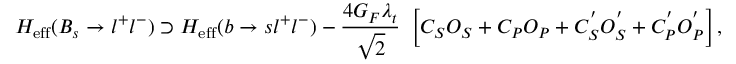
H _ { \mathrm { e f f } } ( B _ { s } \rightarrow l ^ { + } l ^ { - } ) \supset H _ { \mathrm { e f f } } ( b \rightarrow s l ^ { + } l ^ { - } ) - { \frac { 4 G _ { F } \lambda _ { t } } { \sqrt { 2 } } } ~ \left[ C _ { S } O _ { S } + C _ { P } O _ { P } + C _ { S } ^ { ' } O _ { S } ^ { ' } + C _ { P } ^ { ' } O _ { P } ^ { ' } \right] ,